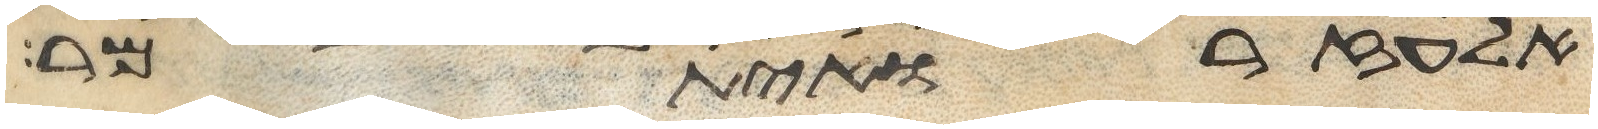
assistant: אלעזר ואיתמר